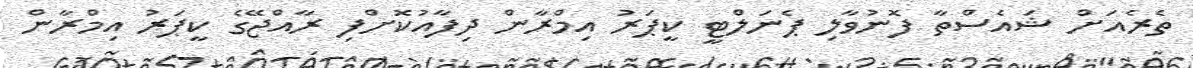
ތެރެއަށް ޝައެސްތާ ފޮނުވާލި ޕެނަލްޓީ ކީޕަރު އިމްރާން ދިފާއުކޮށްފި ރާއްޖޭގެ ކީޕަރު އިމްރާން